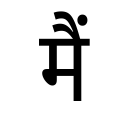
OCR:
मैं